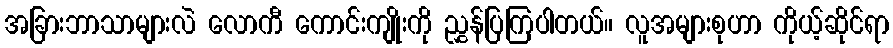
အခြားဘာသာများလဲ လောကီ ကောင်းကျိုးကို ညွှန်ပြကြပါတယ်။ လူအများစုဟာ ကိုယ့်ဆိုင်ရာ